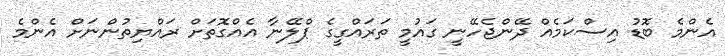
އެންމެ ބޮޑު އިސްކަމެއް ދޭންޖެހޭނީ ގައުމީ ތަރައްގީގެ ޕްލޭނާ އެއްގޮތަށް ރައްޔިތުންނަށް އެންމެ